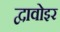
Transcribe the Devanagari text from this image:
द्वावोइर